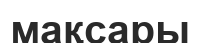
мақсары